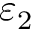
\varepsilon _ { 2 }